画像に写った文字を読んでください
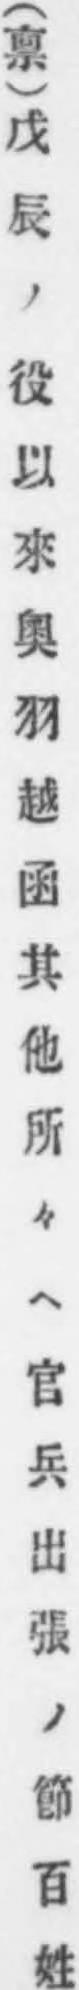
「(禀)戊辰ノ役以來奧羽越函其他所々ヘ官兵出張ノ節百姓」と書いてあります